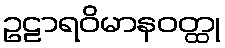
ဥဠာရဝိမာနဝတ္ထု